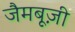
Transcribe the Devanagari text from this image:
जैमबूज़ी